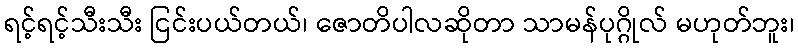
ရင့်ရင့်သီးသီး ငြင်းပယ်တယ်၊ ဇောတိပါလဆိုတာ သာမန်ပုဂ္ဂိုလ် မဟုတ်ဘူး၊